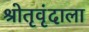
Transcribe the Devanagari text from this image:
श्रोतृवृंदाला